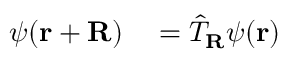
\begin{array} { r l } { \psi ( \mathbf { r + R } ) } & { { } = { \hat { T } } _ { \mathbf { R } } \psi ( \mathbf { r } ) } \end{array}